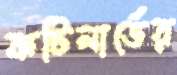
কটিলার্ডের